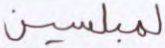
لمبلسين